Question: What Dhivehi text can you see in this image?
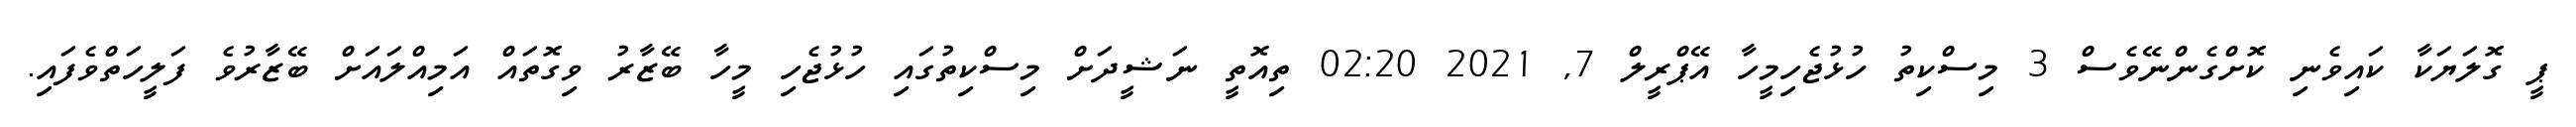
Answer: ޕީ ގޮލަޔަކާ ކައިވެނި ކޮށްގެންނޭވެސް 3 މިސްކިތު ހުޅުޖެހިމީހާ އޭޕްރީލް 7, 2021 02:20 ތިއޮތީ ނަޝީދަށް މިސްކިތުގައި ހުޅުޖެހި މީހާ ބޭޒާރު ވިގޮތައް އަމިއްލައަށް ބޭޒާރުވެ ފަލީހަތްވެފައި.